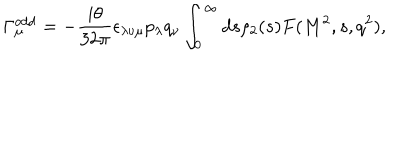
\Gamma _ { \mu } ^ { \mathrm { o d d } } = - { \frac { i \theta } { 3 2 \pi } } \epsilon _ { \lambda \nu \mu } p _ { \lambda } q _ { \nu } \int _ { 0 } ^ { \infty } d s \rho _ { 2 } ( s ) F ( M ^ { 2 } , s , q ^ { 2 } ) ,